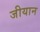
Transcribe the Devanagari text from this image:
जीयान